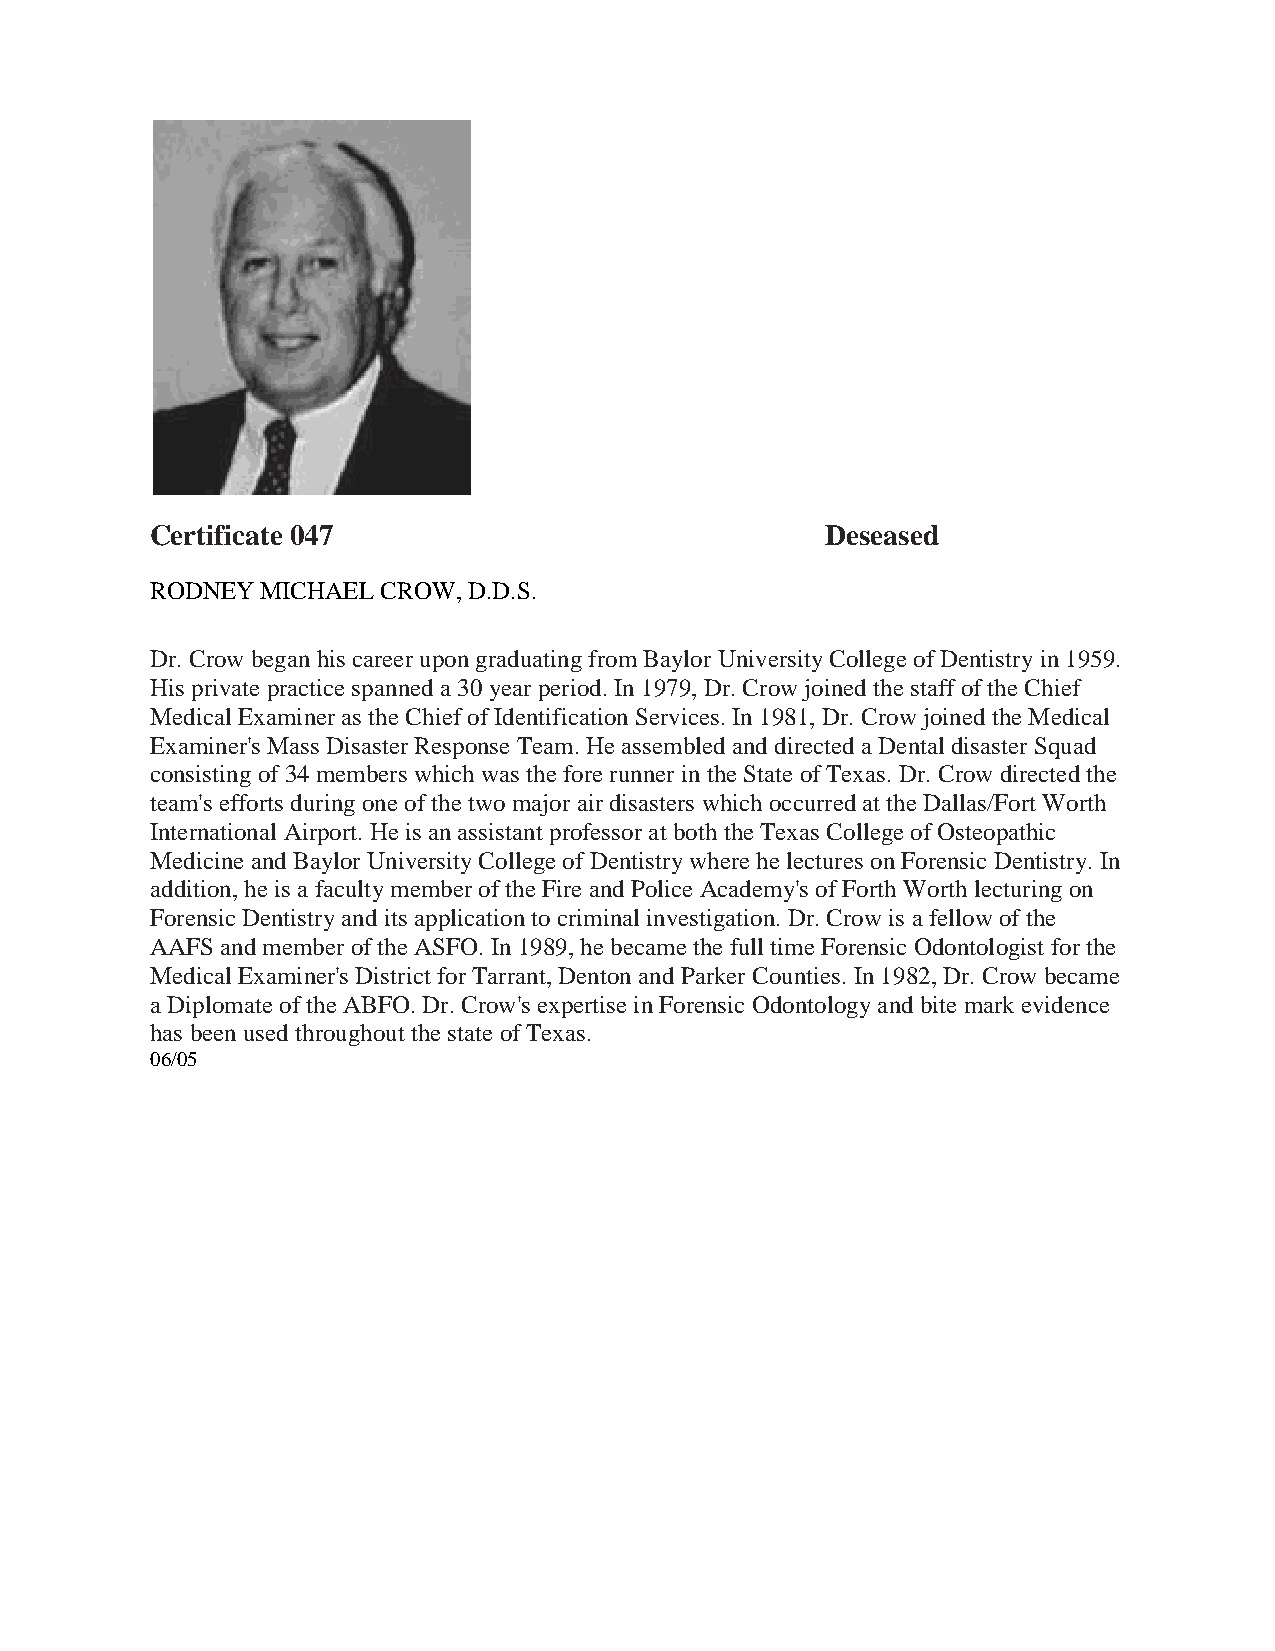
Certificate 047                              Deseased
 RODNEY MICHAEL CROW, D.D.S.
 Dr. Crow began his career upon graduating from Baylor University College of Dentistry in 1959.
 His private practice spanned a 30 year period. In 1979, Dr. Crow joined the staff of the Chief
 Medical Examiner as the Chief of Identification Services. In 1981, Dr. Crow joined the Medical
 Examiner's Mass Disaster Response Team. He assembled and directed a Dental disaster Squad
 consisting of 34 members which was the fore runner in the State of Texas. Dr. Crow directed the
 team's efforts during one of the two major air disasters which occurred at the Dallas/Fort Worth
 International Airport. He is an assistant professor at both the Texas College of Osteopathic
 Medicine and Baylor University College of Dentistry where he lectures on Forensic Dentistry. In
 addition, he is a faculty member of the Fire and Police Academy's of Forth Worth lecturing on
 Forensic Dentistry and its application to criminal investigation. Dr. Crow is a fellow of the
 AAFS and member of the ASFO. In 1989, he became the full time Forensic Odontologist for the
 Medical Examiner's District for Tarrant, Denton and Parker Counties. In 1982, Dr. Crow became
 a Diplomate of the ABFO. Dr. Crow's expertise in Forensic Odontology and bite mark evidence
 has been used throughout the state of Texas.
 06/05